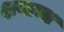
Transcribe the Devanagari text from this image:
क्षयाचा